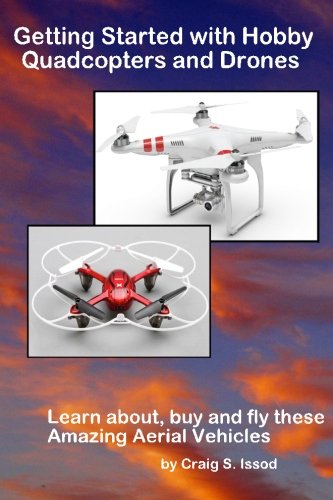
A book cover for Getting Started with Hobby Quadcopters and Drones: Learn about, buy and fly these amazing aerial vehicles; Craig S Issod; Sports & Outdoors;